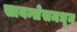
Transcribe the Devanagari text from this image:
सायन्सेसमधून